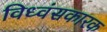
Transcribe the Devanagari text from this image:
विध्वंसकारक